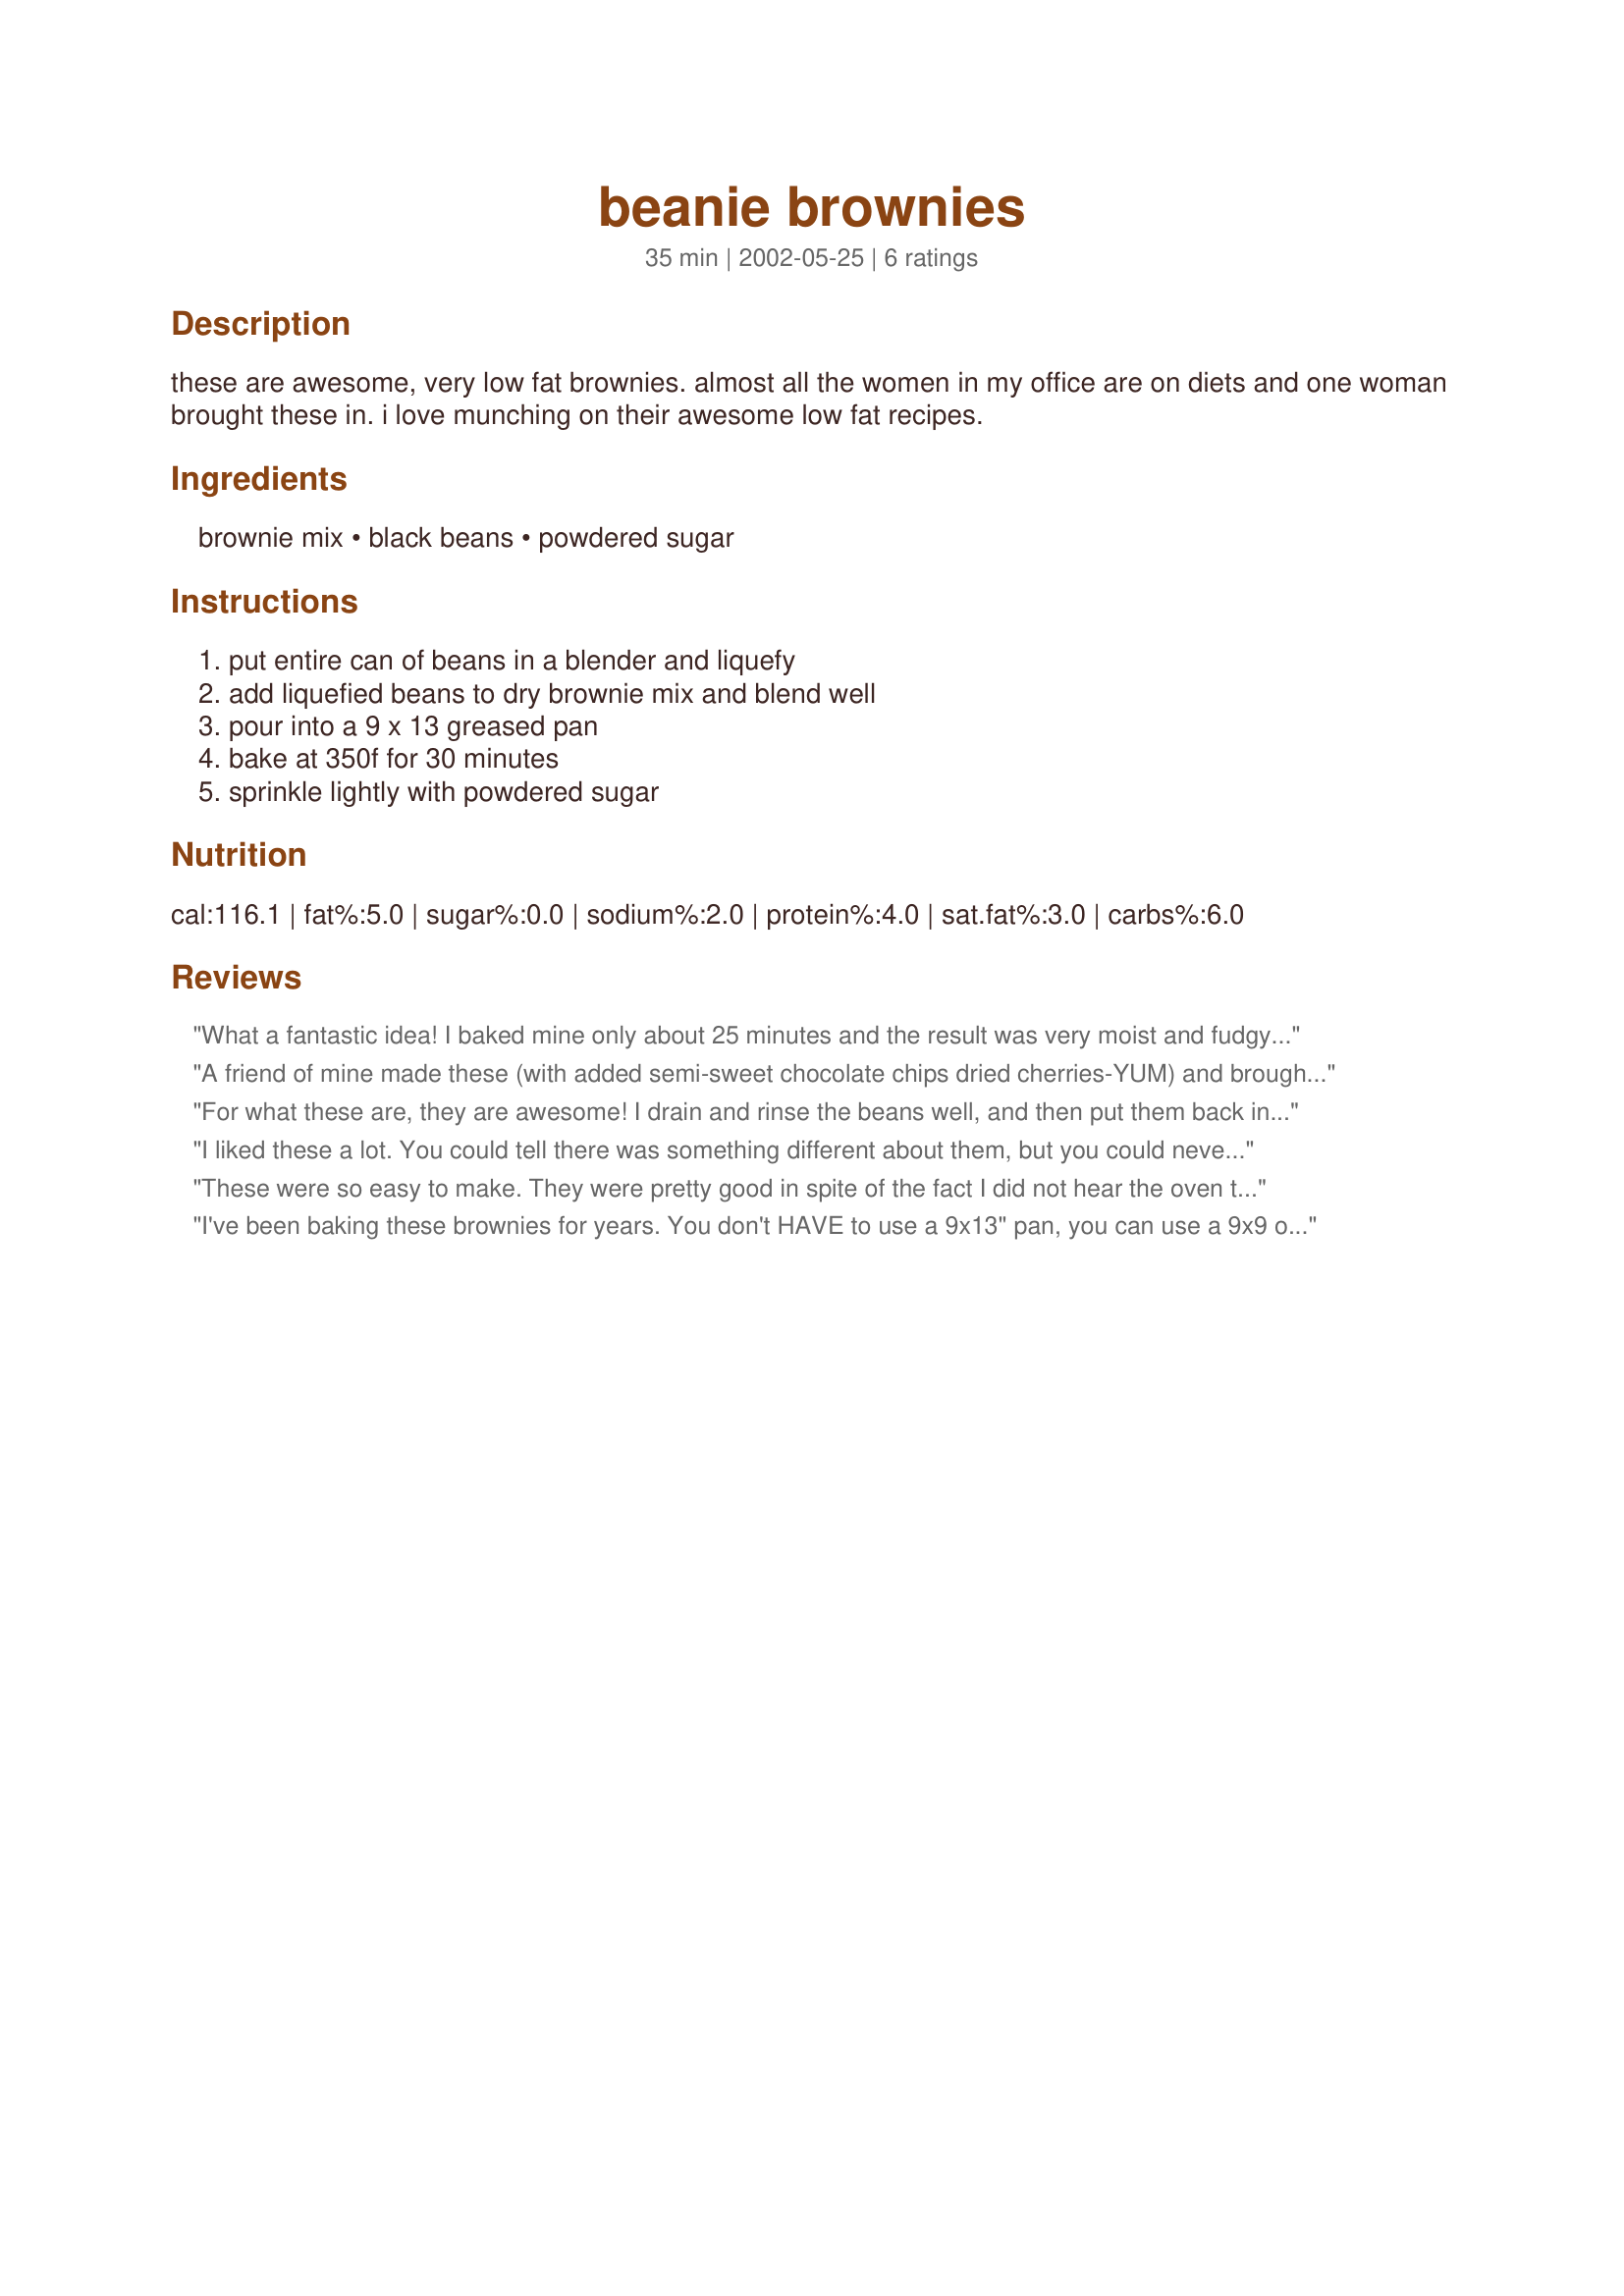
beanie brownies
Preparation time: 35 minutes

these are awesome, very low fat brownies. almost all the women in my office are on diets and one woman brought these in. i love munching on their awesome low fat recipes.

Ingredients:
brownie mix, black beans, powdered sugar

Steps:
put entire can of beans in a blender and liquefy, add liquefied beans to dry brownie mix and blend well, pour into a 9 x 13 greased pan, bake at 350f for 30 minutes, sprinkle lightly with powdered sugar

Reviews:
What a fantastic idea! I baked mine only about 25 minutes and the result was very moist and fudgy, dense and slightly chewy. They don't rise very high at all and I could tell they were a lower fat treat BUT my kids LOVED them which is always worth 5 stars. An added bonus in that the kids refuse to eat all beans, and I'm always trying to sneak some protein into my 6 year-old son's diet. Will make these again, next time with homemade brownie mix. Thanks for sharing the recipe!
A friend of mine made these (with added semi-sweet chocolate chips dried cherries-YUM) and brought as dessert for a dinner party. No one had any idea they were a scrumptious vegan treat, or the hidden bean secret! Her hint: rinse and drain beans and replace the liquid with water. I would definately recommend for kids :)
For what these are, they are awesome! I drain and rinse the beans well, and then put them back in the can and top it off with water so I have the liquid volume I need without the salt in the packing liquid. Very good!
I liked these a lot. You could tell there was something different about them, but you could never guess that there were black beans in them. I will be making these again.
These were so easy to make. They were pretty good in spite of the fact I did not hear the oven timer go off and have no idea how long they baked. They were a little dry as a result. I added a little chopped walnuts and left off the powdered suger. Will try these again.
I've been baking these brownies for years. You don't HAVE to use a 9x13" pan, you can use a 9x9 or 8x8 too. Then bake according to the box for that pan size. I strongly recommend draining and RINSING the beans. Then fill the can 1/2 full and use that instead. These brownies are good and low in fat. Definitely a nice treat that won't make you feel too guilty.
